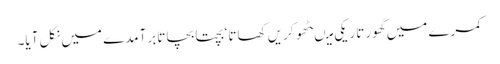
کمرے میں گھور تاریکی میںٹھو کریں کھاتا‘ بچتا بچاتا برآمدے میں نکل آیا۔